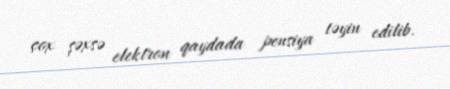
çox şəxsə elektron qaydada pensiya təyin edilib.